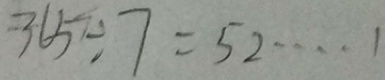
3 6 5 \div 7 = 5 2 \cdots 1